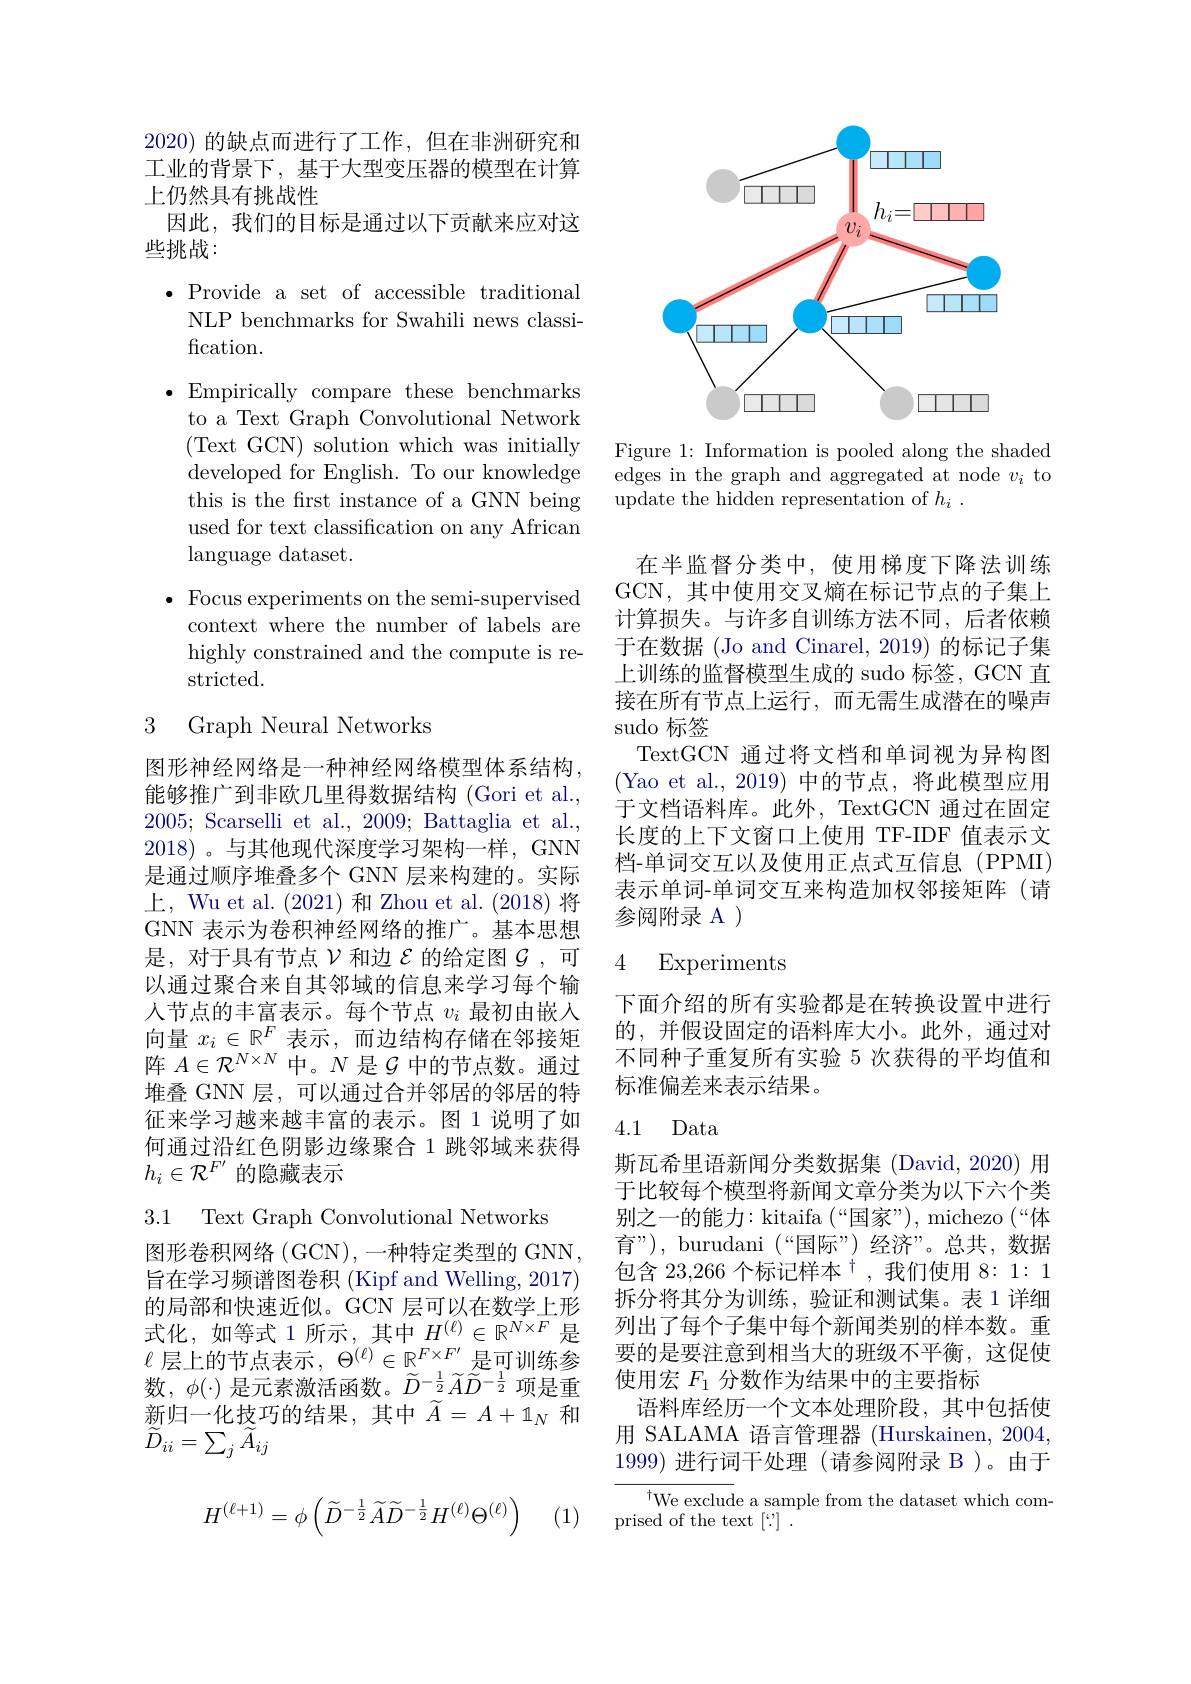
2020) 的缺点而进行了工作，但在非洲研究和工业的背景下，基于大型变压器的模型在计算上仍然具有挑战性
因此，我们的目标是通过以下贡献来应对这
些挑战：
$\bullet$ Provide a set of accessible traditional
NLP benchmarks for Swahili news classi-
fication.
$\bullet$ Empirically compare these benchmarks
to a Text Graph Convolutional Network (Text GCN) solution which was initially developed for English. To our knowledge this is the first instance of a GNN being used for text classification on any African language dataset.
$\bullet$ Focus experiments on the semi-supervised
context where the number of labels are highly constrained and the compute is restricted.

3 Graph Neural Networks

图形神经网络是一种神经网络模型体系结构， 能够推广到非欧几里得数据结构 (Gori et al., 2005; Scarselli et al., 2009; Battaglia et al., 2018)。与其他现代深度学习架构一样，GNN 是通过顺序堆叠多个 GNN 层来构建的。实际上，Wu et al. (2021) 和 Zhou et al. (2018) 将GNN 表示为卷积神经网络的推广。基本思想是，对于具有节点$\nu$和边$\mathcal{E}$的给定图$\mathcal{G}$,可以通过聚合来自其邻域的信息来学习每个输人节点的丰富表示。每个节点$v_i$最初由嵌入向量$x_i\in\mathbb{R}^F$表示，而边结构存储在邻接矩阵$A\in\mathcal{R}^{N\times N}$中。$N$是$\mathcal{G}$中的节点数。通过堆叠 GNN 层，可以通过合并邻居的邻居的特征来学习越来越丰富的表示。图 1 说明了如何通过沿红色阴影边缘聚合 1 跳邻域来获得$h_i\in\mathcal{R}^{F^{\prime}}$的隐藏表示

3.1 Text Graph Convolutional Networks

图形卷积网络 (GCN),一种特定类型的 GNN 旨在学习频谱图卷积 (Kipf and Welling, 2017) 的局部和快速近似。GCN 层可以在数学上形式化，如等式 1 所示，其中$H^(\ell)\in\mathbb{R}^{N\times F}$是新归一化技巧的结果，其中$\widetilde A=A+1_N$和$\widetilde{D}_{ii}=\sum_{j}\widetilde{A}_{ij}$

(1)
$$H^{(\ell+1)}=\phi\left(\widetilde D^{-\frac{1}{2}}\widetilde A\widetilde D^{-\frac{1}{2}}H^{(\ell)}\Theta^{(\ell)}\right)$$
<FigureHere>

Figure 1: Information is pooled along the shaded edges in the graph and aggregated at node $v_i$ to update the hidden representation of $h_i$ .

在半监督分类中，使用梯度下降法训练GCN, 其中使用交叉熵在标记节点的子集上计算损失。与许多自训练方法不同，后者依赖于在数据 (Jo and Cinarel, 2019) 的标记子集上训练的监督模型生成的 sudo 标签，GCN 直接在所有节点上运行，而无需生成潜在的噪声sudo 标签
TextGCN 通过将文档和单词视为异构图(Yao et al.,2019)中的节点，将此模型应用于文档语料库。此外，TextGCN 通过在固定长度的上下文窗口上使用 TF-IDF 值表示文档-单词交互以及使用正点式互信息(PPMI) 表示单词-单词交互来构造加权邻接矩阵(请参阅附录 A )

## 4 Experiments

下面介绍的所有实验都是在转换设置中进行的，并假设固定的语料库大小。此外，通过对不同种子重复所有实验 5 次获得的平均值和标准偏差来表示结果。

### 4.1 Data

斯瓦希里语新闻分类数据集 (David,2020) 用于比较每个模型将新闻文章分类为以下六个类别之一的能力：kitaifa (“国家”), michezo (““体育”), burudani (“国际”) 经济”。总共，数据包含 23,266 个标记样本$^\dagger$,我们使用 8: 1: 1拆分将其分为训练，验证和测试集。表 1 详细列出了每个子集中每个新闻类别的样本数。重要的是要注意到相当大的班级不平衡，这促使
$\ell$层上的节点表示，$\Theta^{(\ell)}\in\mathbb{R}^{F\times F^{\prime}}$是可训练参要 的 是 要 注 意 到 相 当 大 的 班 级 不 平 衡 , 数 , $\phi ( \cdot )$ 是 元 素 激 活 函 数 。$\widetilde{D} ^{- \frac 12}\widetilde{A} \widetilde{D} ^{- \frac 12}$ 项 是 重 使 用 宏 $F_1$ 分 数 作 为 结 果 中 的 主 要 指 标
语料库经历一个文本处理阶段，其中包括使用 SALAMA 语言管理器 (Hurskainen, 2004, 1999)进行词干处理(请参阅附录 B )。由于

$^{\dagger}$We exclude a sample from the dataset which com-
prised of the text [“]